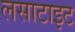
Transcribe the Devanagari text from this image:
लसाटाइट